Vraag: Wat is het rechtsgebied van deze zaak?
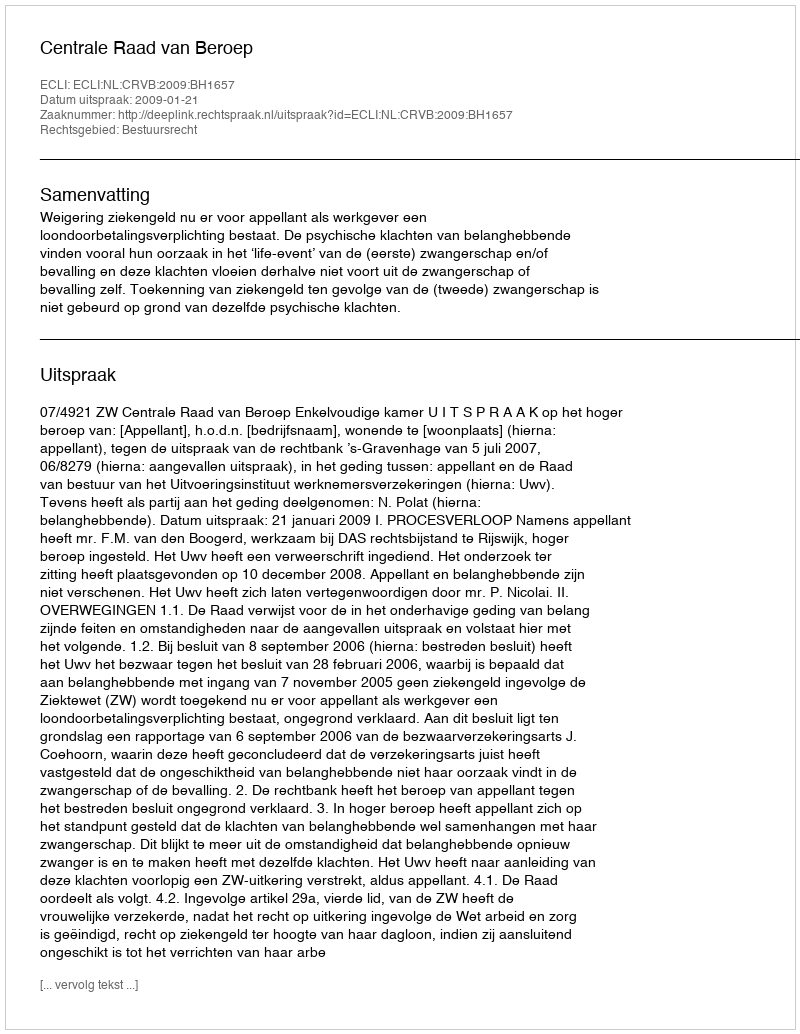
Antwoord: Bestuursrecht